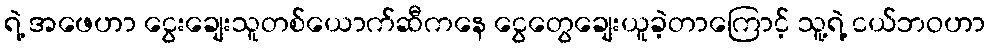
ရဲ့ အဖေဟာ ငွေးချေးသူတစ်ယောက်ဆီကနေ ငွေတွေချေးယူခဲ့တာကြောင့် သူ့ရဲ့ ငယ်ဘဝဟာ